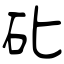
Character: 䂗